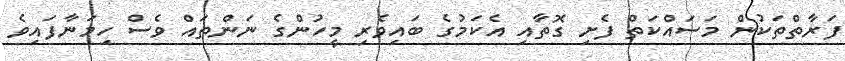
ފަރާތްތަކުން މަސައްކަތް ފެށި ގޮތާއި އެކަމުގެ ބައިވެރި މީހުންގެ ނަންތައް ވެސް ހިމަނާފައިވެ